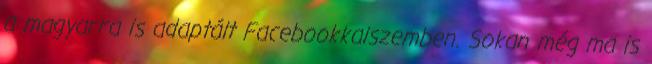
a magyarra is adaptált Facebookkalszemben. Sokan még ma is